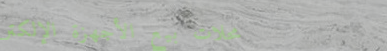
محلات بيع الأجهزة الإلكتر